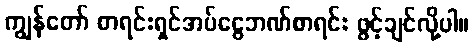
ကျွန်တော် စာရင်းရှင်အပ်ငွေဘဏ်စာရင်း ဖွင့်ချင်လို့ပါ။